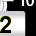
Digit: 2